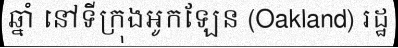
ឆ្នាំ នៅទីក្រុងអូកឡែន (Oakland) រដ្ឋ